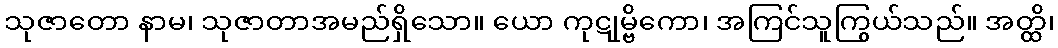
သုဇာတော နာမ၊ သုဇာတာအမည်ရှိသော။ ယော ကုဋုမ္ဗိကော၊ အကြင်သူကြွယ်သည်။ အတ္ထိ၊